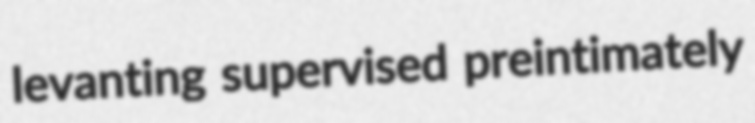
levanting supervised preintimately